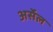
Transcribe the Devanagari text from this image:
अर्सेल